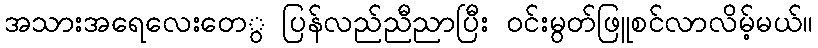
အသားအရေလေးတေွ ပြန်လည်ညီညာပြီး ၀င်းမွတ်ဖြူစင်လာလိမ့်မယ်။